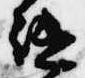
継